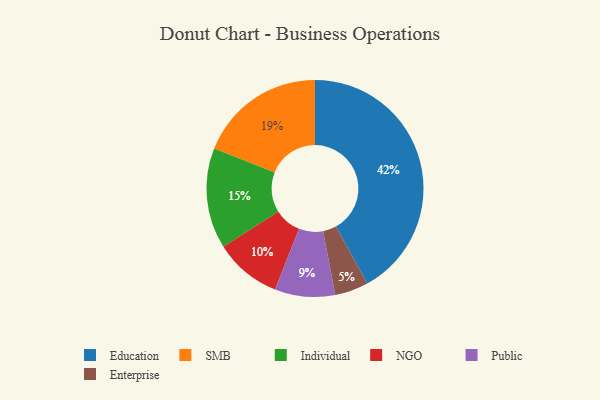
{"axis": {"x": "Category", "y": "Percentage"}, "legend": ["Education", "Enterprise", "Individual", "NGO", "Public", "SMB"], "data": [{"x": "Enterprise", "y": 5, "type": "Enterprise"}, {"x": "Public", "y": 9, "type": "Public"}, {"x": "Individual", "y": 15, "type": "Individual"}, {"x": "NGO", "y": 10, "type": "NGO"}, {"x": "Education", "y": 42, "type": "Education"}, {"x": "SMB", "y": 19, "type": "SMB"}]}